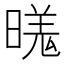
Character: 𬁍